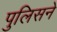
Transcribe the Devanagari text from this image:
पुलिसने